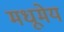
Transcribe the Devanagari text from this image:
मधूमेय